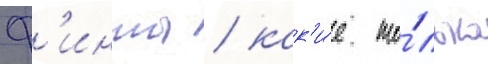
ф'инты / как'и́е то́лько